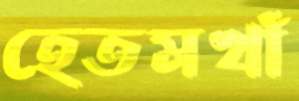
হেতমখাঁ